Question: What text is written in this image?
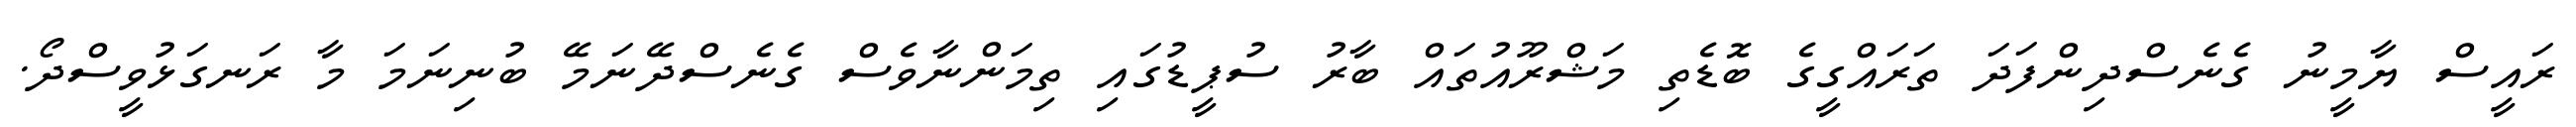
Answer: ރައީސް ޔާމީނު ގެނެސްދިންފަދަ ތަރައްގީގެ ބޮޑެތި މަޝްރޫއުތައް ބާރު ސުޕީޑުގައި ތިމަންނާވެސް ގެނެސްދޭނަމޭ ބުނިނަމަ މާ ރަނގަޅުވީސްދޯ.